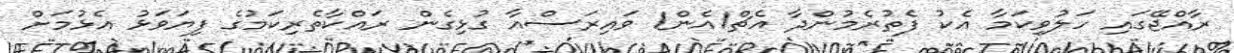
ރާއްޖޭގައި ހަލުވިކަމާ އެކު ފެތުރެމުންދާ އެޗް1އެން1 ވައިރަސްއާ ގުޅިގެން ރައްކާތެރިކަމުގެ ފިޔަވަޅު އެޅުމަށް